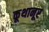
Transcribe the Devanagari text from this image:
कूथानूर